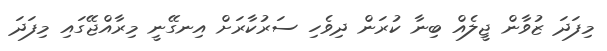
މިފަދަ ޒުވާން ޖީލެއް ބިނާ ކުރަން ދިވެހި ސަރުކާރަށް އިނގޭނީ މިރާއްޖޭގައި މިފަދަ